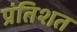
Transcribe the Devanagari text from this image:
प्रंतिशत